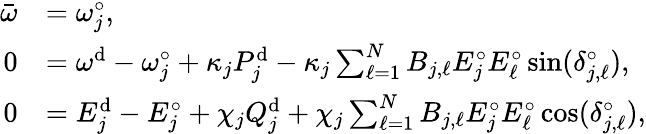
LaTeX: \begin{array}{rl}{\bar{\omega}}&{=\omega_{j}^{\circ},}\\ {0}&{=\omega^{\mathrm{d}}-\omega_{j}^{\circ}+\kappa_{j}P_{j}^{\mathrm{d}}-\kappa_{j}\sum_{\ell=1}^{N}B_{j,\ell}E_{j}^{\circ}E_{\ell}^{\circ}\sin(\delta_{j,\ell}^{\circ}),}\\ {0}&{=E_{j}^{\mathrm{d}}-E_{j}^{\circ}+\chi_{j}Q_{j}^{\mathrm{d}}+\chi_{j}\sum_{\ell=1}^{N}B_{j,\ell}E_{j}^{\circ}E_{\ell}^{\circ}\cos(\delta_{j,\ell}^{\circ}),}\end{array}